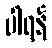
ပါရန်